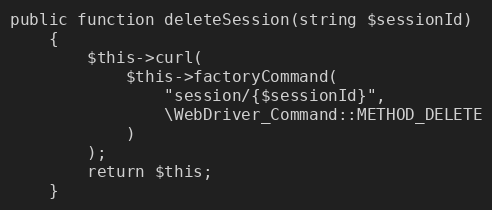
Language: PHP
public function deleteSession(string $sessionId)
    {
        $this->curl(
            $this->factoryCommand(
                "session/{$sessionId}",
                \WebDriver_Command::METHOD_DELETE
            )
        );
        return $this;
    }